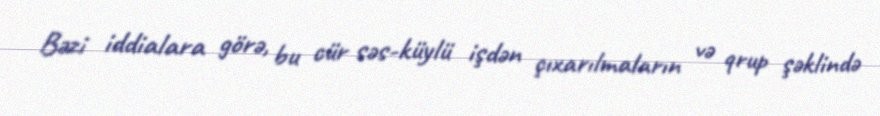
Bəzi iddialara görə, bu cür səs-küylü işdən çıxarılmaların və qrup şəklində